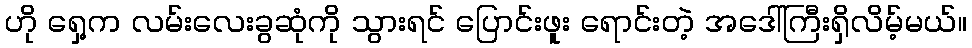
ဟို ရှေ့က လမ်းလေးခွဆုံကို သွားရင် ပြောင်းဖူး ရောင်းတဲ့ အဒေါ်ကြီးရှိလိမ့်မယ်။